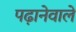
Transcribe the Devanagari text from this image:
पढ़ानेवाले